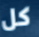
كل